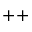
+ +